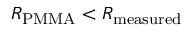
R _ { \mathrm { { P M M A } } } < R _ { \mathrm { { m e a s u r e d } } }